65_HS1-834228961_62-HQ-83894_Section_5
Agency: FBI
Page 152
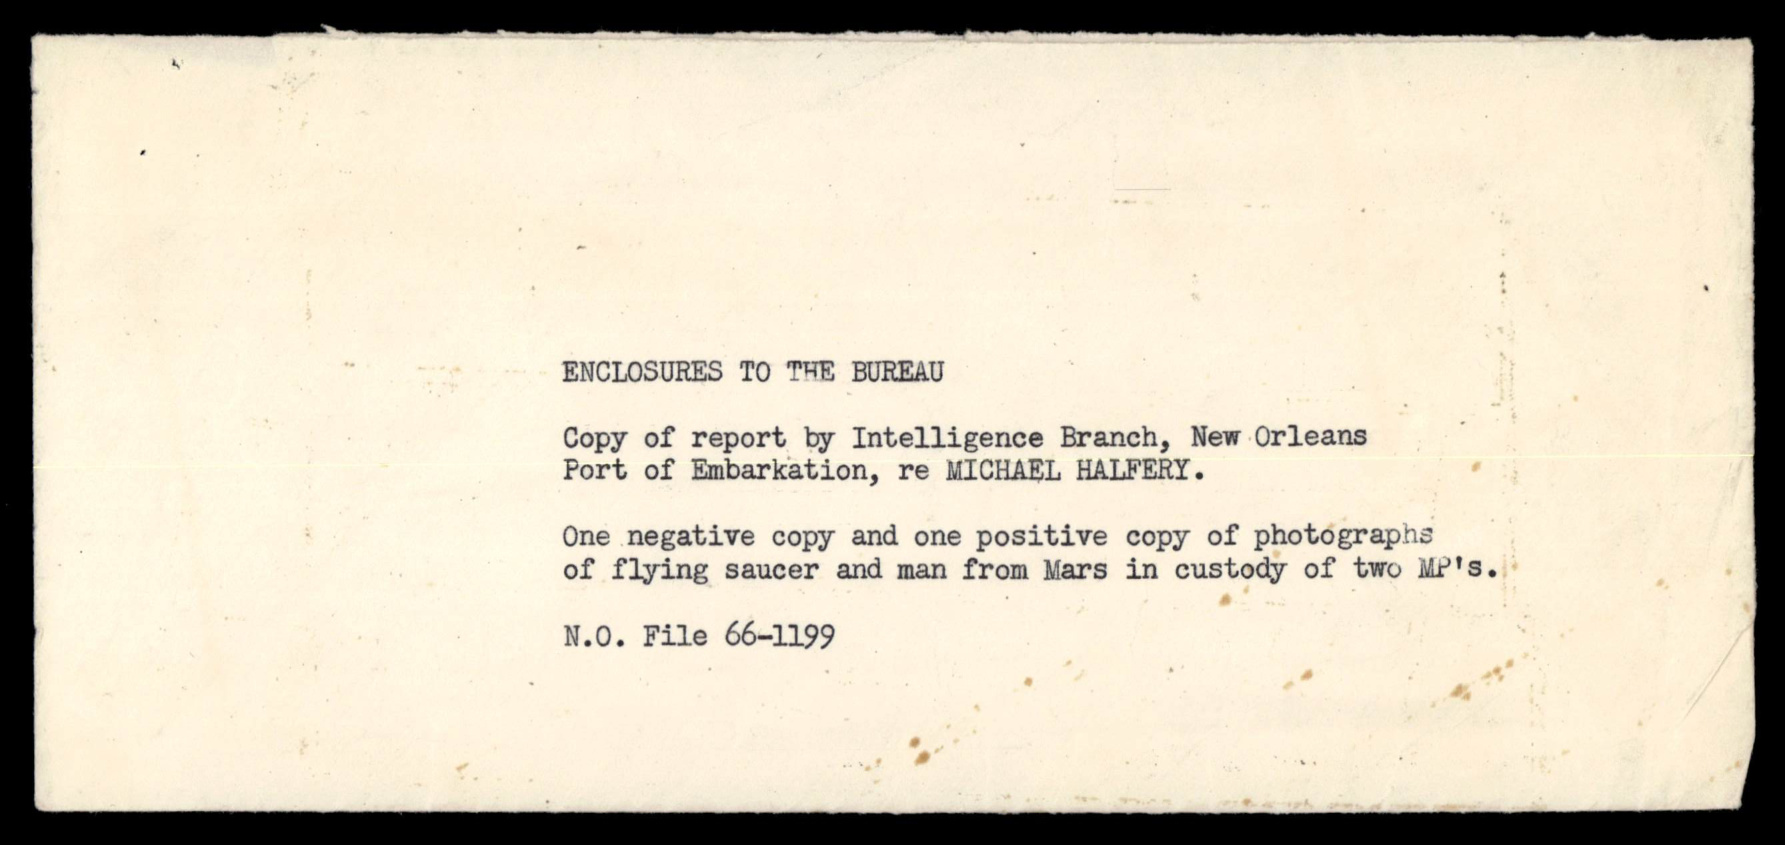